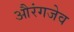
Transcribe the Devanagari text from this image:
औरंगजेव